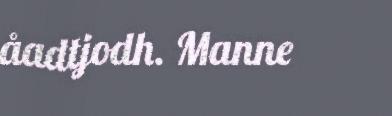
åadtjodh. Manne